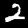
Label: 2